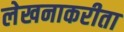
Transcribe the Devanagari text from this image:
लेखनाकरीता